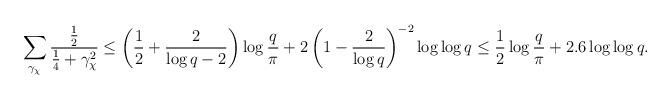
LaTeX: \begin{align*}\sum_{\gamma_{\chi}}\frac{\frac{1}{2}}{\frac{1}{4}+\gamma_{\chi}^2} & \leq \left(\dfrac{1}{2}+\dfrac{2}{\log q -2}\right)\log{\dfrac{q}{\pi}}+2\left(1-\dfrac{2}{\log q}\right)^{-2}\log\log q\leq \dfrac{1}{2}\log{\dfrac{q}{\pi}}+ 2.6\log\log q.\end{align*}